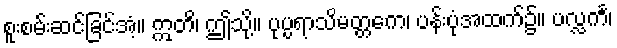
စူးစမ်းဆင်ခြင်အံ့။ ဣတိ၊ ဤသို့။ ပုပ္ပရာသိမတ္တကေ၊ ပန်းပုံအထက်၌။ ပလ္လင်္က၊